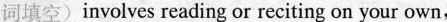
词填空) involves reading or reciting on your own,